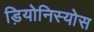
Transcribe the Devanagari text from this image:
ड़ियोनिस्योस